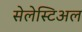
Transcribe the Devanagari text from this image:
सेलेस्टिअल